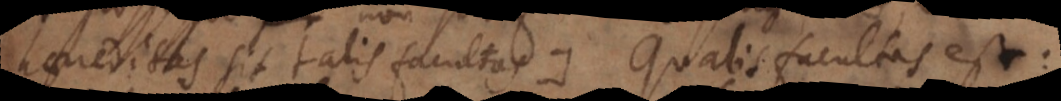
haereditas sit talis facultas:). Qualis facultas est: